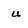
Character: u